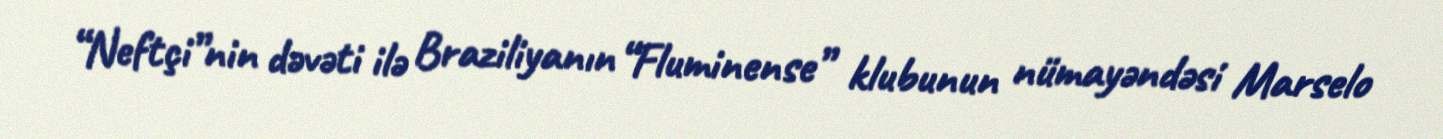
“Neftçi”nin dəvəti ilə Braziliyanın “Fluminense” klubunun nümayəndəsi Marselo